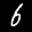
Label: 6